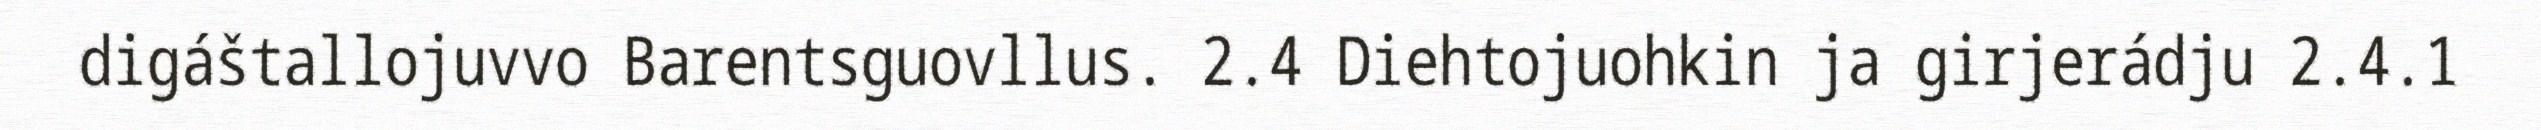
digáštallojuvvo Barentsguovllus. 2.4 Diehtojuohkin ja girjerádju 2.4.1